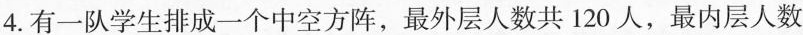
4.有一队学生排成一个中空方阵，最外层人数共120人，最内层人数